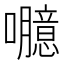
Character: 𡄯